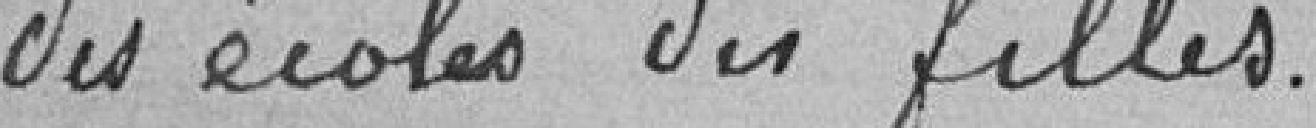
des écoles des filles